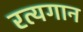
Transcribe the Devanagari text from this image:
रत्यगान